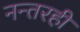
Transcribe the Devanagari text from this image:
नन्तरही